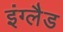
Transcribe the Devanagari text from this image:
इंग्लैड